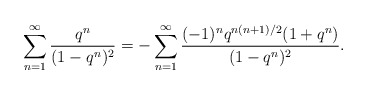
\begin{align*}\sum_{n=1}^\infty \frac{q^n}{(1-q^n)^2}=- \sum_{n=1}^\infty\frac{(-1)^nq^{n(n+1)/2}(1+q^n)}{(1-q^n)^2}.\end{align*}